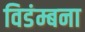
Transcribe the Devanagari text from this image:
विडंम्बना